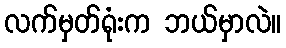
လက်မှတ်ရုံးက ဘယ်မှာလဲ။